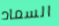
السماد